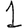
Digit: 1